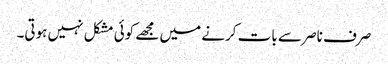
صرف ناصر سے بات کرنے میں مجھے کوئی مشکل نہیں ہوتی۔